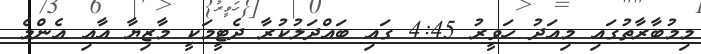
މިމުބާރާތުގައި މިއަދު ހަވީރު 4:45 ގައި ބައްދަލުކުރާ ދެޓީމަކީ މާޒިޔާ އާއި އެންމެ